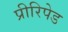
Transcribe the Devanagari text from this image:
प्रीरिपेड